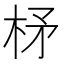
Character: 柕